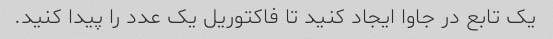
یک تابع در جاوا ایجاد کنید تا فاکتوریل یک عدد را پیدا کنید.